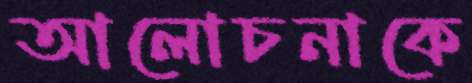
আলোচনাকে